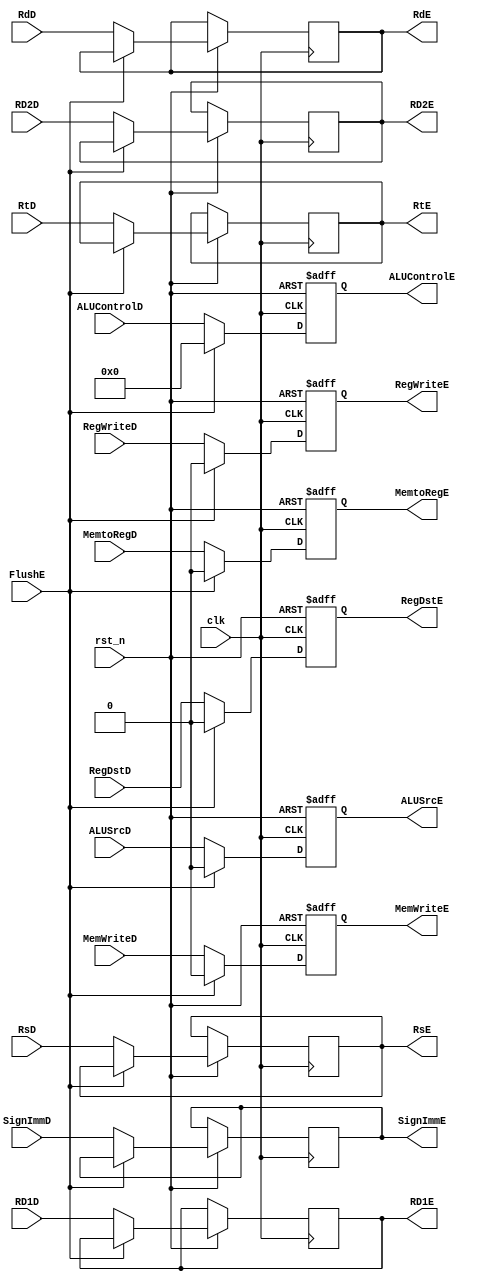
`timescale 1ns / 1ps
//////////////////////////////////////////////////////////////////////////////////
// Company: 
// Engineer: 
// 
// Design Name: 
// Module Name:    ID_EX 
// Project Name: 
// Target Devices: 
// Tool versions: 
// Description: 
//
// Dependencies: 
//
// Revision: 
// Revision 0.01 - File Created
// Additional Comments: 
//
//////////////////////////////////////////////////////////////////////////////////
module ID_EX(
	input clk,
	input rst_n,
	
	input RegWriteD,
	input MemtoRegD,
 	input MemWriteD,
 	input [3:0] ALUControlD,
 	input ALUSrcD,
 	input RegDstD,
 	input [31:0] RD1D,
 	input [31:0] RD2D,
 	input [4:0] RsD,
 	input [4:0] RtD,
 	input [4:0] RdD,
 	input [31:0] SignImmD,
 	input FlushE,

 	output reg RegWriteE,
 	output reg MemtoRegE,
 	output reg MemWriteE,
 	output reg [3:0] ALUControlE,
 	output reg ALUSrcE,
 	output reg RegDstE,
	output reg [31:0] RD1E,
 	output reg [31:0] RD2E,
 	output reg [4:0] RsE,
 	output reg [4:0] RtE,
 	output reg [4:0] RdE,
 	output reg [31:0] SignImmE
	);

always @(posedge clk or negedge rst_n) begin
	if (~rst_n) begin
		RegWriteE <= 0;
 		MemtoRegE <= 0;
 		MemWriteE <= 0;
 		ALUControlE <= 0;
 		ALUSrcE <= 0;
 		RegDstE <= 0;

	end
	else if (!FlushE)begin
		RegWriteE <= RegWriteD;
 		MemtoRegE <= MemtoRegD;
 		MemWriteE <= MemWriteD;
 		ALUControlE <= ALUControlD;
 		ALUSrcE <= ALUSrcD;
 		RegDstE <= RegDstD;

		RD1E <= RD1D;
		RD2E <= RD2D;
		RsE <= RsD;
		RtE <= RtD;
		RdE <= RdD;
		SignImmE <= SignImmD;
	end
	else begin
		RegWriteE <= 0;
 		MemtoRegE <= 0;
 		MemWriteE <= 0;
 		ALUControlE <= 0;
 		ALUSrcE <= 0;
 		RegDstE <= 0;
	end
end

endmodule